Report of the Municipal Commissioner on the plague in Bombay for the year ending 31st May... - Volume 1
Disease focus: Plague
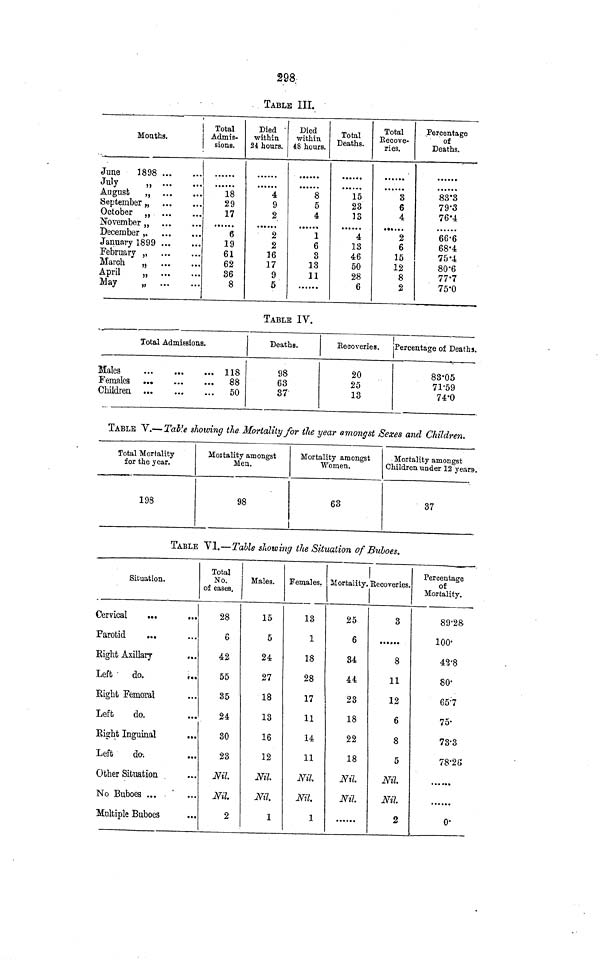
298
TABLE III.
Months.
June
1898
July
„
August „
September,,
October „
November „
December ,
January 1899
Februarv ,,
March
„
April
„
May
,
Total
Admis-
sions.
18
29
17
6
19
61
62
36
8
Died
within
24 hours.
4
9
2
2
2
16
17
9
5
Died
within
e8 hours.
8
5
4
1
6
3
13
11
Total
Deaths.
15
23
13
4
13
46
50
28
6
Total
Recove-
ries.
3
6
4
2
6
15
12
8
2
Percentage
of
Deaths.
83.3
79.3
76.4
66.6
68.4
75.4
80.6
77.7
75.0
TABLE IV.
Total Admissions.
Males
Females
Children
Deaths.
118
88
50
98
63
37
¡
Recoveries. ¡Percentage of Deaths.
20
25
13
83.05
71.59
74.0
TABLE V.— Table showing the Mortality for the year amongst Sexes and Children.
Total Mortality
for the year.
198
Mortality amongst
Men.
98
Mortality amongst
Women.
63
Mortality amongst
Children under 12 years.
37
TABLE Vl.—Table showing the Situation of Buboes.
Situation.
Cervical
....
Parotid
..
Eight Axillary
Left
do.
f..
Eight Femoral
Left
do.
Eight Inguinal
Left
do-.
Other Situation
No Buboes ...
Multiple Buboes
Total
No.
of cases.
28
6
42
55
35
24
30
23
Nil
Nil
2
Males.
15
5
24
27
18
13
16
12
Nil
Nil.
1
Females.
13
1
18
28
17
11
14
11
Nil
Nil
1
Mortality.
25
6
34
44
23
18
22
18
Nil.
Nil.
Recoveries.
3
......
8
11
12
6
8
5
Nil
Nil
2
Percentage
of
Mortality.
89.28
100'
43.8
80
65.7
75
73.3
78.26
• • • ••*
o